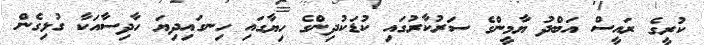
ކުރީގެ ރައީސް އަބްދު ޔާމީންގެ ސަރުކާރުގައި ކުޑަކުދިންގެ ހިޔާގައި ހިނގައިދިޔަ ހާދިސާއަކާ ގުޅިގެން